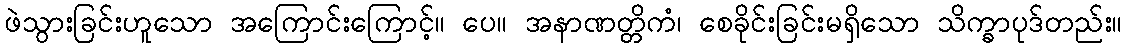
ဖဲသွားခြင်းဟူသော အကြောင်းကြောင့်။ ပေ။ အနာဏတ္တိကံ၊ စေခိုင်းခြင်းမရှိသော သိက္ခာပုဒ်တည်း။